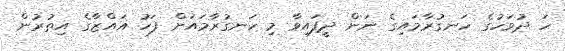
ހަ ދުވަހުގެ ހަނގުރާމައިގެ ނަން ދީފައިވާ މި ހަނގުރާމައަށް ފަހު ޣައްޒާގެ އިތުރުން